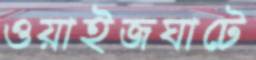
ওয়াইজঘাটে